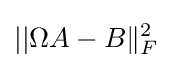
||\Omega A-B\|_{F}^{2}